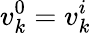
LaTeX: v_{k}^{0}=v_{k}^{i}